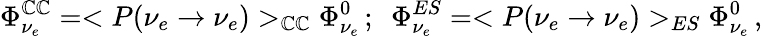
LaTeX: \Phi_{\nu_{e}}^{\mathbb{C}\mathbb{C}}=<P(\nu_{e}\to\nu_{e})>_{\mathbb{C}\mathbb{C}}\Phi_{\nu_{e}}^{0}\, ;~~\Phi_{\nu_{e}}^{ES}=<P(\nu_{e}\to\nu_{e})>_{ES}\Phi_{\nu_{e}}^{0}\, ,